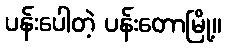
ပန်းပေါတဲ့ ပန်းတောမြို့။